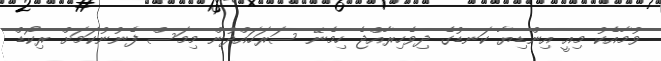
ވުމާއެކު މިއީ އިންޑިޔާ ކަނޑުގެ ދިވެހިރާއްޖެ ހިމެނޭ ސަރަހައްދުން މިމަސް ފެނުނުކަމަށް ރިކޯޑް